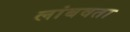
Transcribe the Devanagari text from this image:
लांबवता